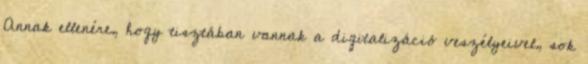
Annak ellenére, hogy tisztában vannak a digitalizáció veszélyeivel, sok